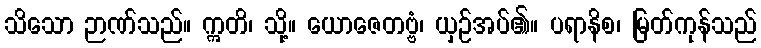
သိသော ဉာဏ်သည်။ ဣတိ၊ သို့။ ယောဇေတဗ္ဗံ၊ ယှဉ်အပ်၏။ ပရာနိစ၊ မြတ်ကုန်သည်